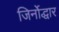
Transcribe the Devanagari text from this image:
जिर्नोद्धार